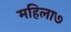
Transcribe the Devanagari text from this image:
महिला७